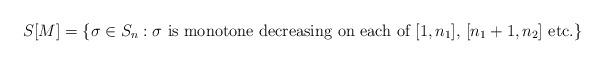
LaTeX: \begin{align*} S[M] = \{ \sigma \in S_n: \mbox{$\sigma$ is monotone decreasing on each of $[1, n_1]$, $[n_1+1, n_2]$ etc.}\}\end{align*}